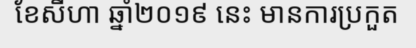
ខែសីហា ឆ្នាំ២០១៩ នេះ មានការប្រកួត